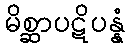
မိစ္ဆာပဋိပန္နံ